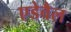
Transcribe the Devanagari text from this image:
एडेवैल